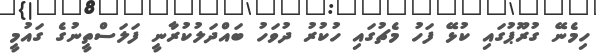
ހިމެނޭ ގުރޫޕުގައި ކުޅޭ ފަހު މެޗުގައި ހުކުރު ދުވަހު ބައްދަލުކުރާނީ ފަލަސްތީނުގެ ގައުމީ